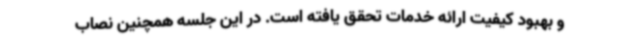
و بهبود کیفیت ارائه خدمات تحقق یافته است. در این جلسه همچنین نصاب